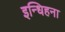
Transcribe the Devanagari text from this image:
इन्धिहना